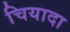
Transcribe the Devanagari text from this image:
चियादा